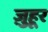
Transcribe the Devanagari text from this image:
ज़ुहूर